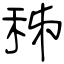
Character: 秭